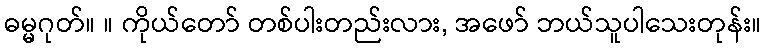
ဓမ္မဂုတ်။ ။ ကိုယ်တော် တစ်ပါးတည်းလား, အဖော် ဘယ်သူပါသေးတုန်း။